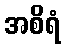
အစိရံ